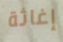
إغاثة